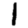
Digit: 1